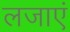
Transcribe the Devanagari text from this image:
लजाएं